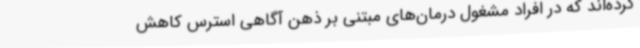
کرده‌اند که در افراد مشغول درمان‌های مبتنی بر ذهن آگاهی استرس کاهش